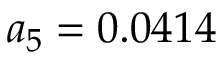
a _ { 5 } = 0 . 0 4 1 4